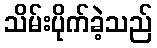
သိမ်းပိုက်ခဲ့သည်